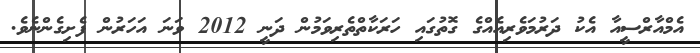
އެމްއާރްސީއާ އެކު ދަރުމަވެރިއެއްގެ ގޮތުގައި ހަރަކާތްތެރިވަމުން ދަނީ 2012 ވަނަ އަހަރުން ފެށިގެންނެވެ.